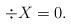
LaTeX: \begin{align*}\div X =0.\end{align*}